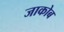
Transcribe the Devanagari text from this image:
जाकोब